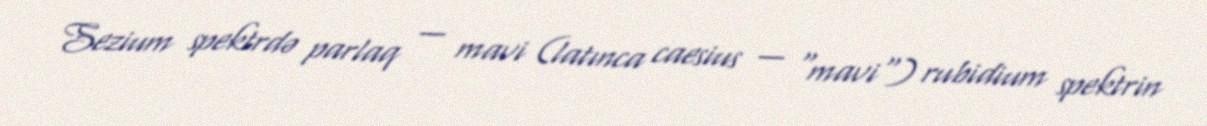
Sezium spektrdə parlaq — mavi (latınca caesius — "mavi") rubidium spektrin